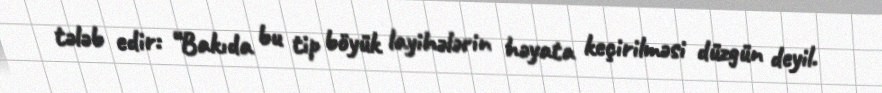
tələb edir: “Bakıda bu tip böyük layihələrin həyata keçirilməsi düzgün deyil.